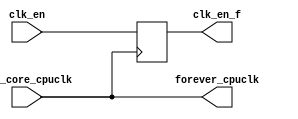
// This program was cloned from: https://github.com/T-head-Semi/opene906
// License: Apache License 2.0

/*Copyright 2020-2021 T-Head Semiconductor Co., Ltd.

Licensed under the Apache License, Version 2.0 (the "License");
you may not use this file except in compliance with the License.
You may obtain a copy of the License at

    http://www.apache.org/licenses/LICENSE-2.0

Unless required by applicable law or agreed to in writing, software
distributed under the License is distributed on an "AS IS" BASIS,
WITHOUT WARRANTIES OR CONDITIONS OF ANY KIND, either express or implied.
See the License for the specific language governing permissions and
limitations under the License.
*/

// &ModuleBeg; @23
module pa_clk_top(
  clk_en,
  clk_en_f,
  forever_cpuclk,
  pll_core_cpuclk
);

// &Ports; @24
input        clk_en;         
input        pll_core_cpuclk; 
output       clk_en_f;       
output       forever_cpuclk; 

// &Regs; @25
reg          clk_en_f;       

// &Wires; @26
wire         clk_en;         
wire         forever_cpuclk; 
wire         pll_core_cpuclk; 


//assign forever_jtgclk = pad_had_jtg_tclk;
assign forever_cpuclk = pll_core_cpuclk;
// &Force("output","forever_cpuclk"); @30
// &Force("output", "axim_clk_en_f"); @32
always@(posedge forever_cpuclk)
begin
  clk_en_f <= clk_en;
end


// &ModuleEnd; @65
endmodule